Vaccination Hyderabad 1890-1903 - 1890-1903
Year: 1890
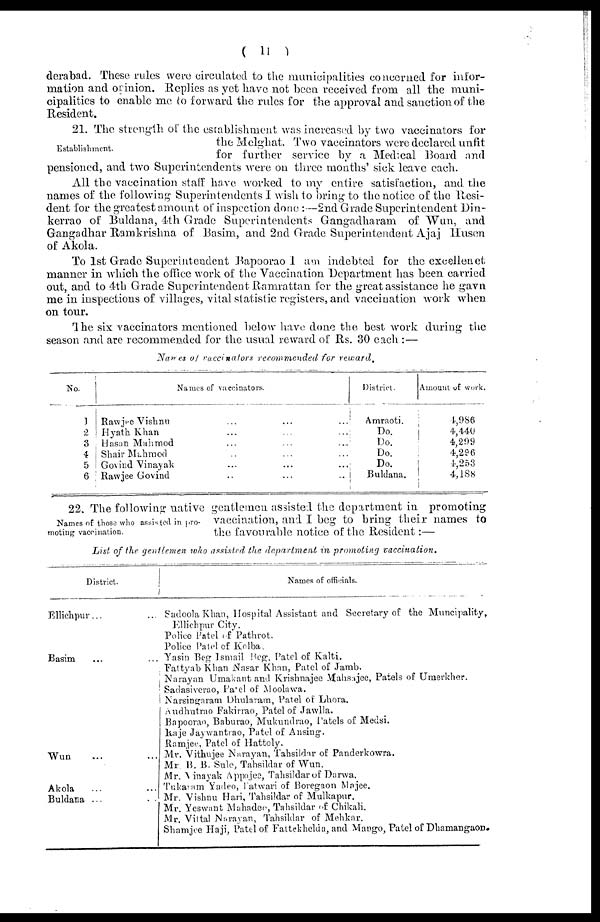
( 11 )
derabad. These rules were circulated to the municipalities concerned for infor-
mation and opinion. Replies as yet have not been received from all the muni-
cipalities to enable me to forward the rules for the approval and sanction of the
Resident.
Establishment.
21. The strength of the establishment was increased by two vaccinators for
the Melghat. Two vaccinators were declared unfit
for further service by a Medical Board and
pensioned, and two Superintendents were on three months' sick leave each.
All the vaccination staff have worked to my entire satisfaction, and the
names of the following Superintendents I wish to bring to the notice of the Resi-
dent for the greatest amount of inspection done :—2nd Grade Superintendent Din¬
kerrao of Buldana, 4th Grade Superintendents Gangadharam of Wun,
andGangadhar
of Akola.
To 1st Grade Superintendent Rapoorao I am indebted for the excellenet
manner in which the office work of the Vaccination Department has been carried
out, and to 4th Grade Superintendent Ramrattan for the great assistance he gavn
me in inspections of villages, vital statistic registers, and vaccination work when
on tour.
The six vaccinators mentioned below have done the best work during the
season and are recommended for the usual reward of Rs. 30 each :—
Names of vaccinators recommended for reward.
No.
1
2
3
4
5
6
Names of vaccinators.
Rawjee Vishnu ... ... ...
Hyath Khan ... ... ...
Hasan Mahmod ... ... ...
Shair Mahmod ... ... ...
Govind Vinayak ... ... ...
Rawjee Govind ... ... ...
District.
Amraoti.
Do.
Do.
Do.
Do.
Buldana.
Amount of work.
4,986
4,440
4,299
4,296
4,253
4,188
Names of those who assisted in pro-
moting vaccination.
22. The following native gentlemen assisted the department in promoting
vaccination, and I beg to bring their names to
the favourable notice of the Resident:—
List of the gentlemen who assisted the department in promoting
vaccination.
District.
Ellichpur... ...
Basim ... ...
Wun ... ...
Akola ... ...
Buldana ... ...
Names of officials.
Sadoola Khan, Hospital Assistant and Secretary of the Muncipality,
Ellichpur City.
Police Patel of Pathrot.
Police Patel of Kolba.
Yasin Beg Ismail Beg, Patel of Kalti.
Fattyab Khan Nasar Khan, Patel of Jamb.
Narayan Umakant and Krishnajee Mahsajee, Patels of Umerkher.
Sadasiverao, Patel of Moolawa.
Narsingaram Dhulavam, Patel of Lhora.
Audhutrao Fakirrao, Patel of Jawlla.
Bapoorao, Baburao, Mukundrao, Patels of Medsi.
Raje Jaywantrao, Patel of Ansing.
Ramjee, Patel of Hattoly.
Mr. Vithujee Narayan, Tahsildar of Panderkowra.
Mr. B. B. Sule, Tahsildar of Wun.
Mr. Vinayak Appajee, Tahsildar of Darwa.
Tukaram Yadeo, Patwari of Boregaon Majee.
Mr. Vishnu Hari, Tahsildar of Mulkapur.
Mr. Yeswant Mahadeo, Tahsildar of Chikali.
Mr. Vittal Narayan, Tahsildar of Mehkar.
Shamjee Haji, Patel of Fattekhelda, and Mango, Patel of Dhamangaon.